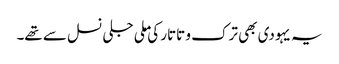
یہ یہودی بھی ترک و تاتار کی ملی جلی نسل سے تھے۔